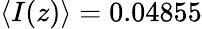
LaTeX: \langle I(z)\rangle=0.04855